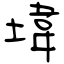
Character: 㙔